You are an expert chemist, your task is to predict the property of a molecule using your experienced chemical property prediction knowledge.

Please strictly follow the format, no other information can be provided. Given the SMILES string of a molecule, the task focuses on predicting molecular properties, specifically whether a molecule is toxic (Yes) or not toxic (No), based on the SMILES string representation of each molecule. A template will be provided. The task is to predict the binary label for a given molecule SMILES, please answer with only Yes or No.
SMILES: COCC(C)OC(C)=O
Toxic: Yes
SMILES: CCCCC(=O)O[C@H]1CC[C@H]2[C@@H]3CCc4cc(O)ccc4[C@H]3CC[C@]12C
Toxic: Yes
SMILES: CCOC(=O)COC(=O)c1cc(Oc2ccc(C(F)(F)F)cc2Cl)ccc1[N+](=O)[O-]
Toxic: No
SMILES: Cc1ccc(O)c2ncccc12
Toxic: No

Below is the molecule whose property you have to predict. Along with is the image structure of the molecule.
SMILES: CCCCCCCC[Si](OCC)(OCC)OCC
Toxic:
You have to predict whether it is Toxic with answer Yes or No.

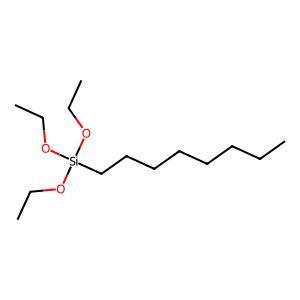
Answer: No